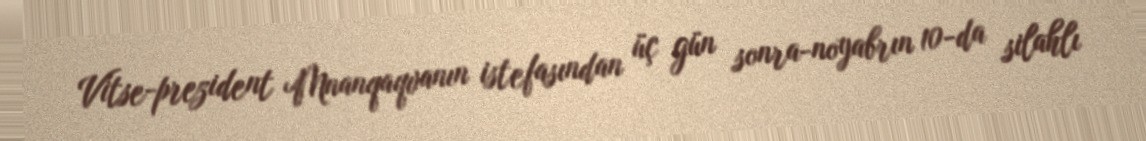
Vitse-prezident Mnanqaqvanın istefasından üç gün sonra-noyabrın 10-da silahlı